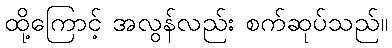
ထို့ကြောင့် အလွန်လည်း စက်ဆုပ်သည်။